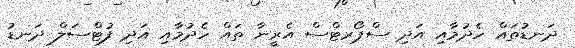
ދަނޑުތައް ހެދުމާއި އަދި ސްޕޯރޓްސް އެރީނާ ތައް ހެދުމާއި އަދި ފުޓްސަލް ދަނޑު